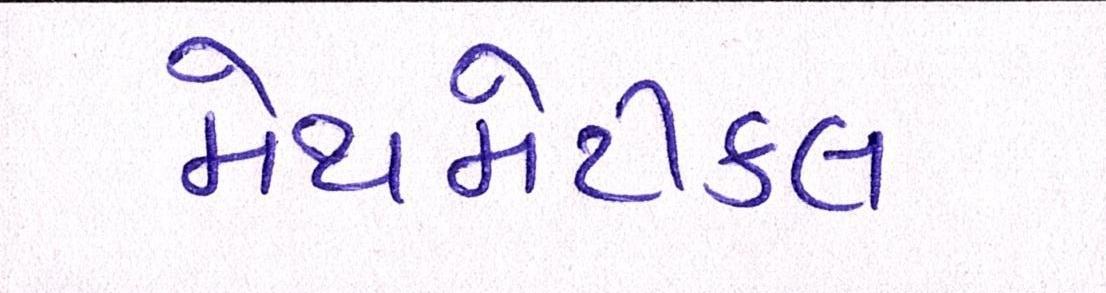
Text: મેથમેટીકલ